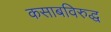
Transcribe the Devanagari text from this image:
कसाबविरुद्ध